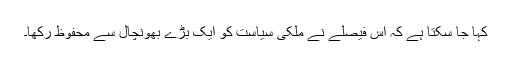
کہا جا سکتا ہے کہ اس فیصلے نے ملکی سیاست کو ایک بڑے بھونچال سے محفوظ رکھا۔